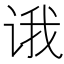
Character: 𰵮